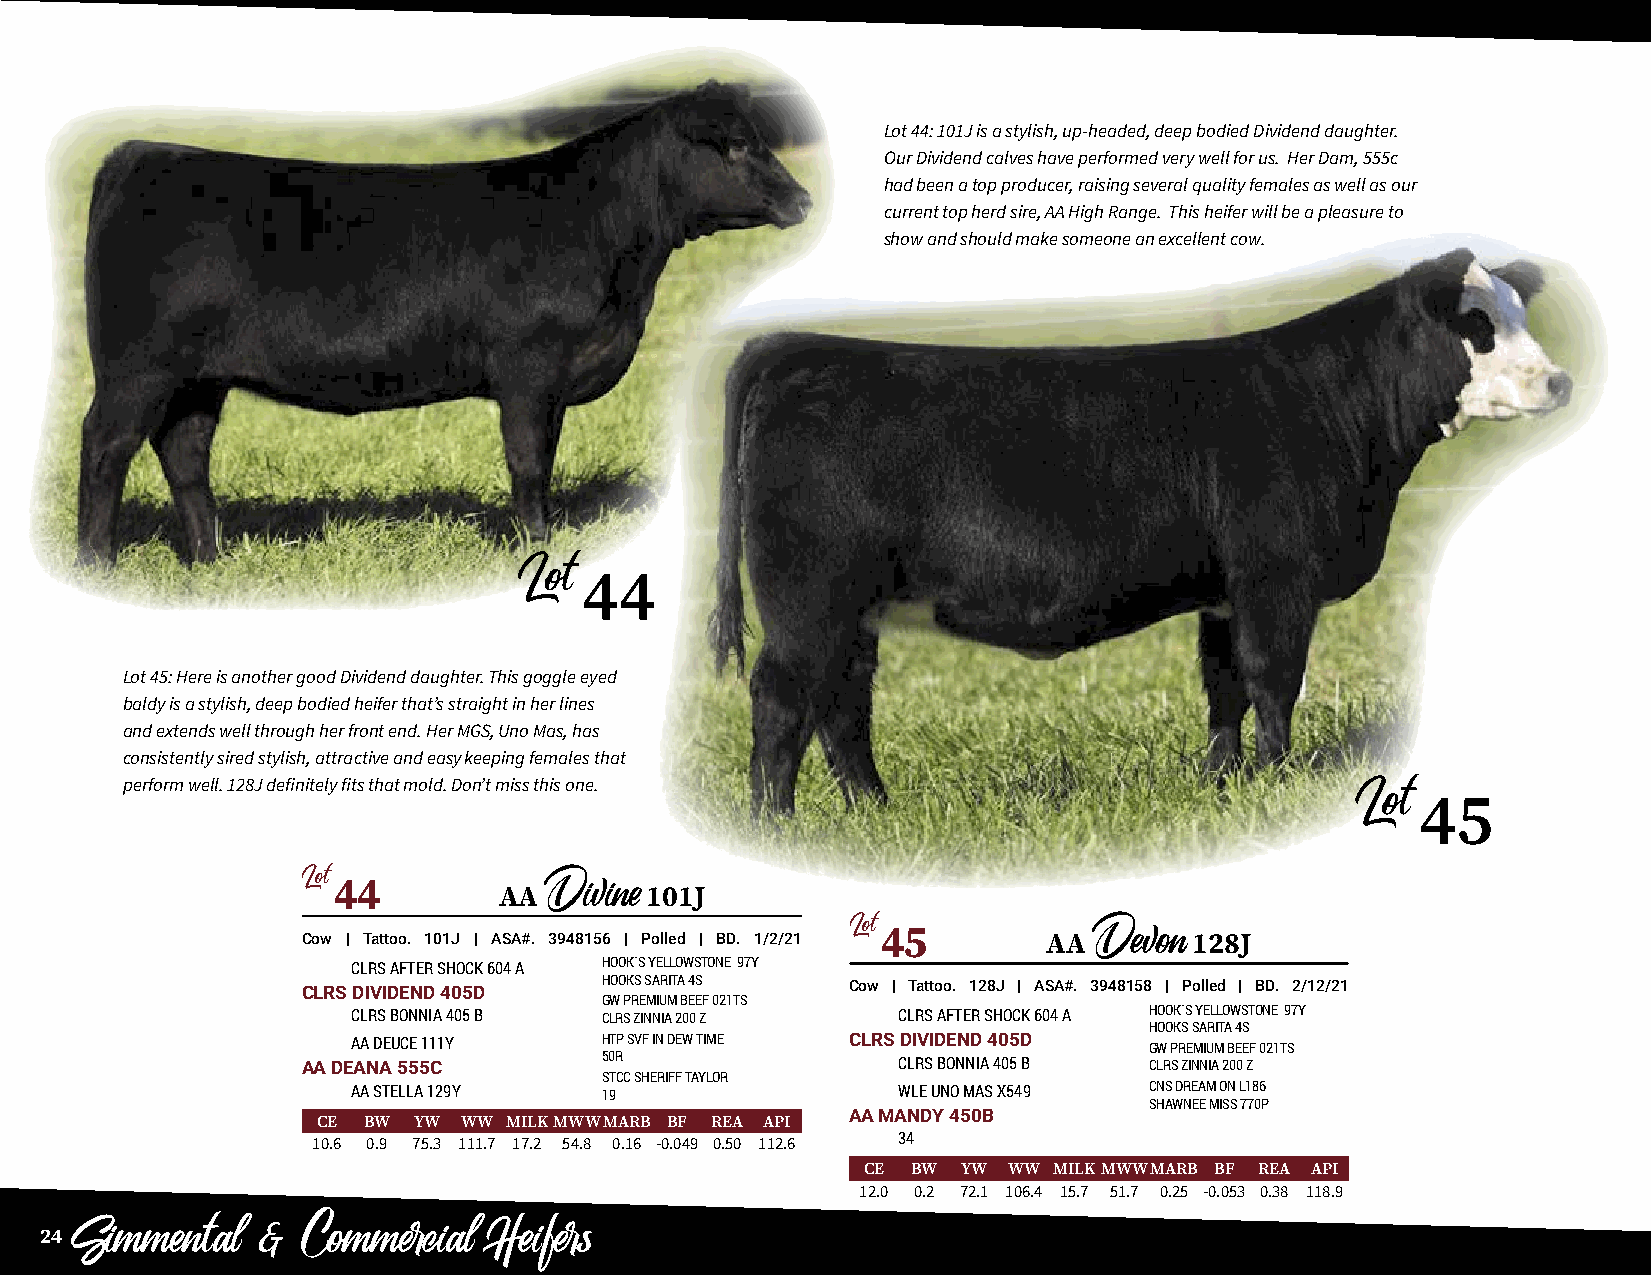
Lot 44: 101J is a stylish, up-headed, deep bodied Dividend daughter.
 Our Dividend calves have performed very well for us. Her Dam, 555c
 had been a top producer, raising several quality females as well as our
 current top herd sire, AA High Range. This heifer will be a pleasure to
 show and should make someone an excellent cow.
 44
 Lot
 Lot 45: Here is another good Dividend daughter. This goggle eyed
 baldy is a stylish, deep bodied heifer that’s straight in her lines
 and extends well through her front end. Her MGS, Uno Mas, has
 consistently sired stylish, attractive and easy keeping females that
 perform well. 128J definitely fits that mold. Don’t miss this one.
 45
 Lot
 Lot44
 AA        101J
 Divine
 Cow | Tattoo. 101J | ASA#. 3948156 | Polled | BD. 1/2/21 Lot45 AA 128J
 CLRS AFTER SHOCK 604 A HOOK`S YELLOWSTONE 97Y    Devon
 CLRS DIVIDEND 405D  HOOKS SARITA 4S Cow | Tattoo. 128J | ASA#. 3948158 | Polled | BD. 2/12/21
 GW PREMIUM BEEF 021TS
 CLRS BONNIA 405 B CLRS ZINNIA 200 Z CLRS AFTER SHOCK 604 A HOOK`S YELLOWSTONE 97Y
 HOOKS SARITA 4S
 AA DEUCE 111Y    HTP SVF IN DEW TIME CLRS DIVIDEND 405D GW PREMIUM BEEF 021TS
 AA DEANA 555C       50R                CLRS BONNIA 405 B CLRS ZINNIA 200 Z
 STCC SHERIFF TAYLOR
 AA STELLA 129Y   19                 WLE UNO MAS X549 CNS DREAM ON L186
 SHAWNEE MISS 770P
 AA MANDY 450B
 CE BW YW WW MILKMWWMARB BF REA API
 10.6 0.9 75.3 111.7 17.2 54.8 0.16 -0.049 0.50 112.6 34
 CE BW  YW WW MILKMWWMARB BF REA API
 12.0 0.2 72.1 106.4 15.7 51.7 0.25 -0.053 0.38 118.9
 24
 Simmental   &  Commercial   Heifers